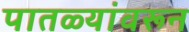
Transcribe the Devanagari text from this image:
पातळ्यांवरून